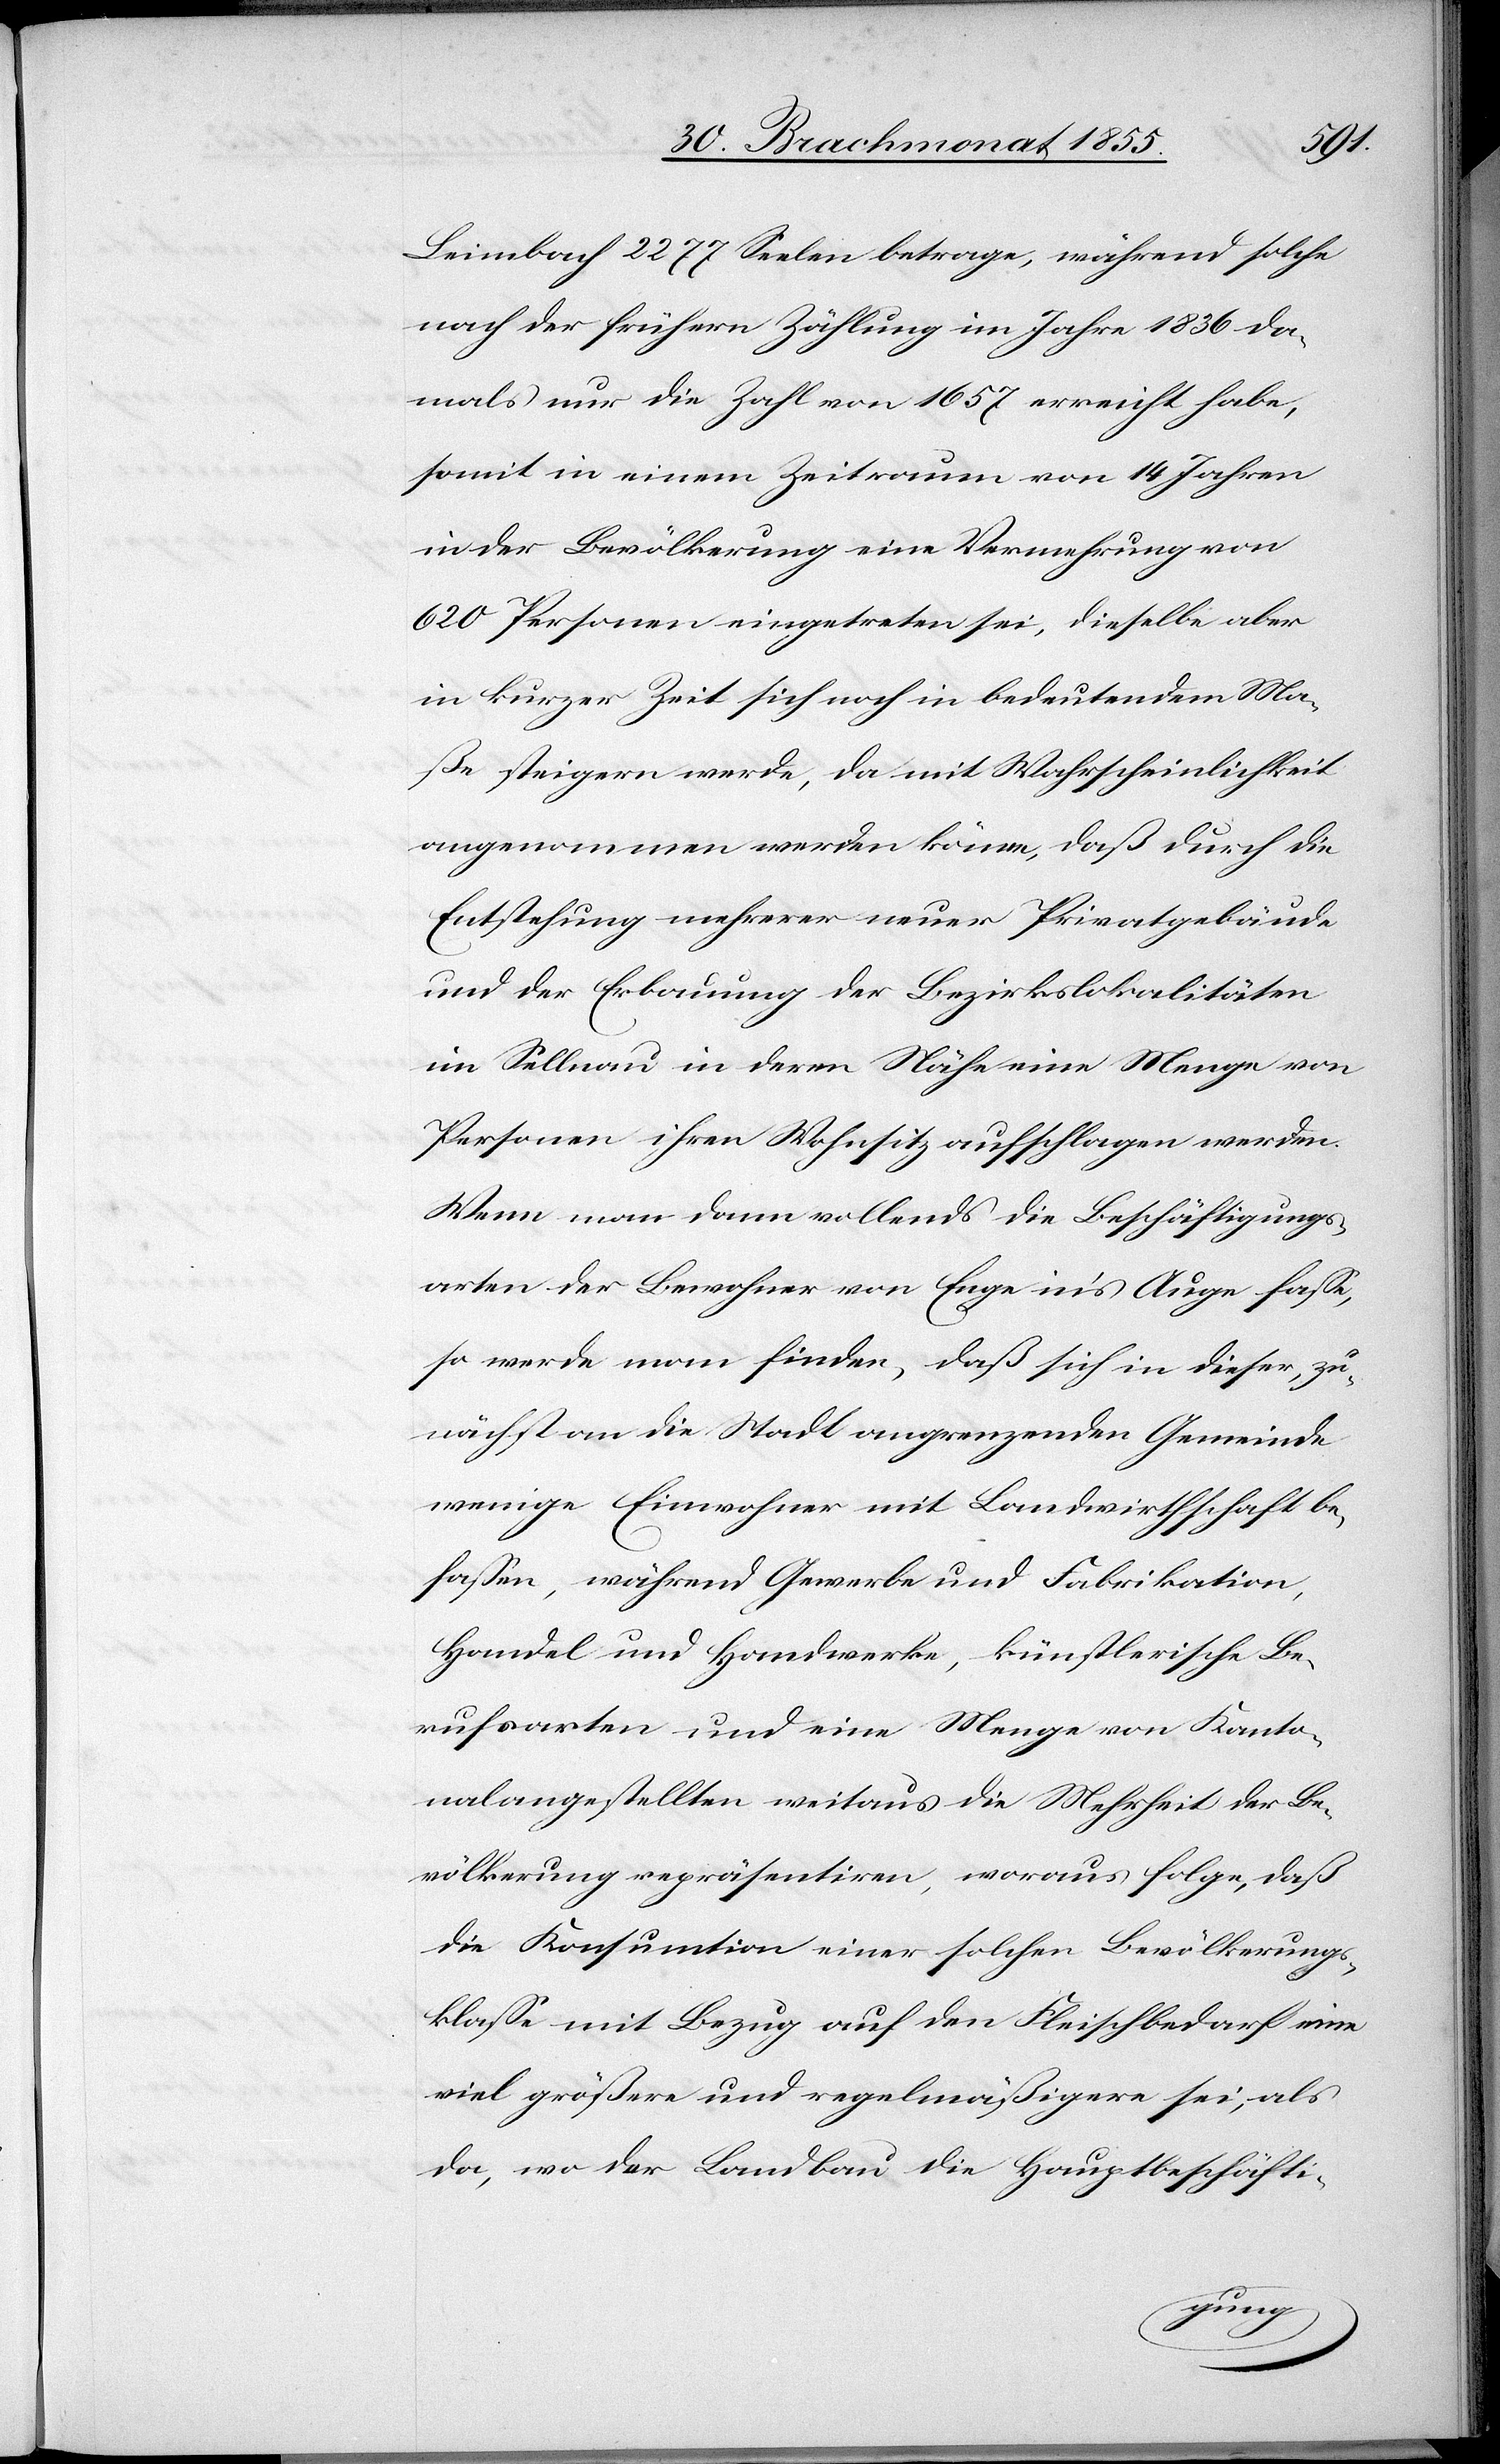
Leimbach 2277 Seelen betrage, während solche
nach der frühern Zählung im Jahre 1836 da¬
mals nur die Zahl von 1657 erreicht habe,
somit in einem Zeitraum von 14 Jahren
in der Bevölkerung eine Vermehrung von
620 Personen eingetreten sei, dieselbe aber
in kurzer Zeit sich noch in bedeutendem Ma¬
ße steigern werde, da mit Wahrscheinlichkeit
angenommen werden könne, daß durch die
Entstehung mehrerer neuer Privatgebäude
und der Erbauung der Bezirkslokalitäten
im Sellnau in deren Nähe eine Menge von
Personen ihren Wohnsitz aufschlagen werden.
Wenn man dann vollends die Beschäftigungs¬
arten der Bewohner von Enge in’s Auge fasse,
so werde man finden, daß sich in dieser, zu¬
nächst an die Stadt angrenzenden Gemeinde
wenige Einwohner mit Landwirthschaft be¬
fassen, während Gewerbe und Fabrikation,
Handel und Handwerke, künstlerische Be¬
rufsarten und eine Menge von Kanto¬
nalangestellten weitaus die Mehrheit der Be¬
völkerung repräsentiren, woraus folge, daß
die Konsumtion einer solchen Bevölkerungs¬
klasse mit Bezug auf den Fleischbedarf eine
viel größere und regelmäßigere sei, als
da, wo der Landbau die Hauptbeschäfti-